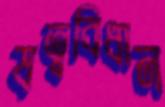
ষত্ববিধান